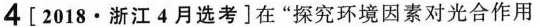
4 [ 2018 · 浙江 4 月选考]在“探究环境因素对光合作用